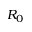
R _ { 0 }